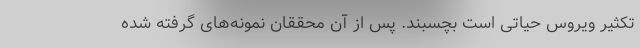
تکثیر ویروس حیاتی است بچسبند. پس از آن محققان نمونه‌های گرفته شده